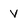
Character: V